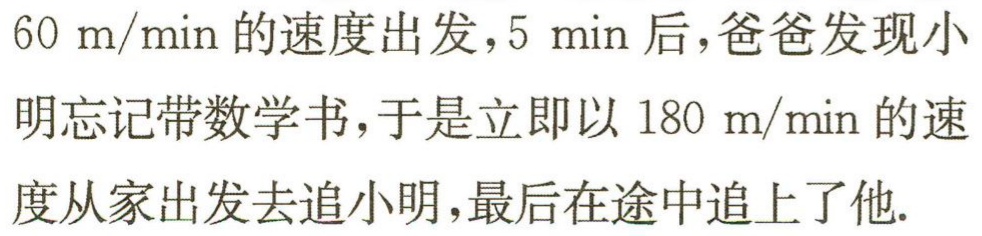
$60\mathrm{~m}/\mathrm{min}$的速度出发，$5\mathrm{~min}$后，爸爸发现小明忘记带数学书，于是立即以$180\mathrm{~m}/\mathrm{min}$的速度从家出发去追小明，最后在途中追上了他.